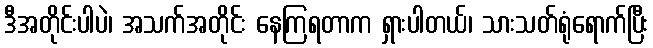
ဒီအတိုင်းပါပဲ၊ အသက်အတိုင်း နေကြရတာက ရှားပါတယ်၊ သားသတ်ရုံရောက်ပြီး